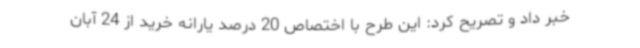
خبر داد و تصریح کرد: این طرح با اختصاص 20 درصد یارانه خرید از 24 آبان